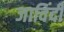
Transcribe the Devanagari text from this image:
जाविंदी